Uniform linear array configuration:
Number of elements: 4
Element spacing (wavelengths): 1
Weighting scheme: hamming
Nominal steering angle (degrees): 60
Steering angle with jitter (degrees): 59.159
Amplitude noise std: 0.05
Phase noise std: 0.05

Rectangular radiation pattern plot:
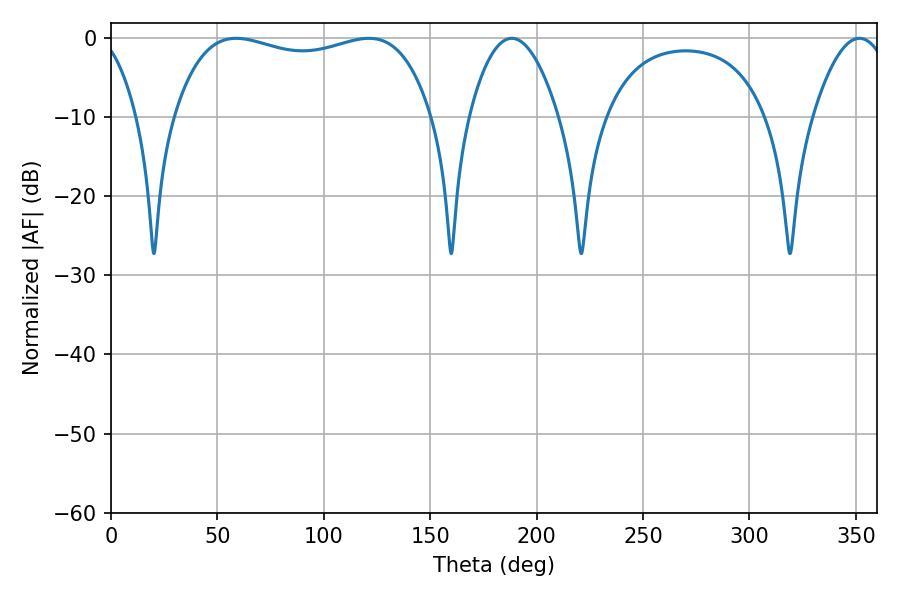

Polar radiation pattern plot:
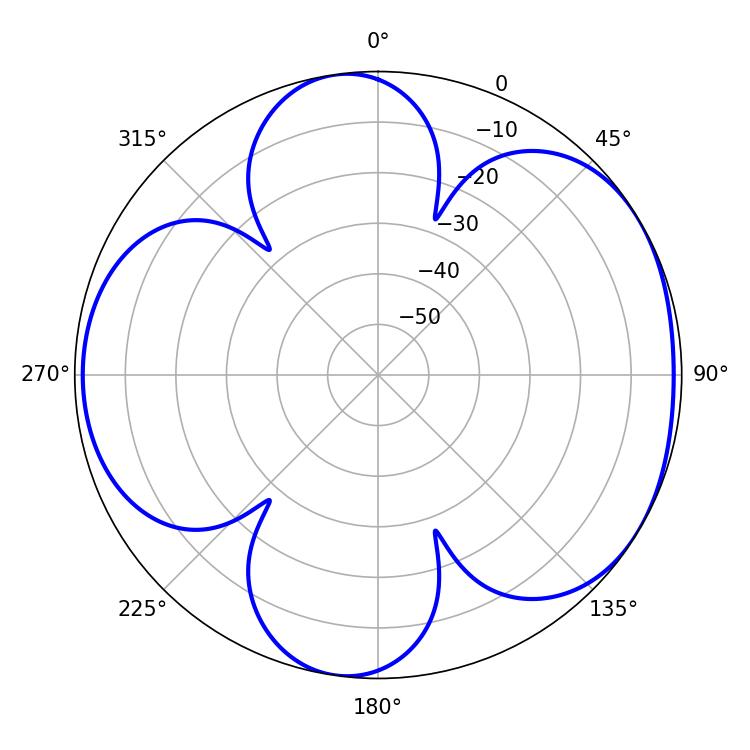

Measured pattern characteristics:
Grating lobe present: TRUE
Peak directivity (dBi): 5.167
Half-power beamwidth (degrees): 98.28
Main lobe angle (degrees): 58.86